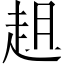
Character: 趄